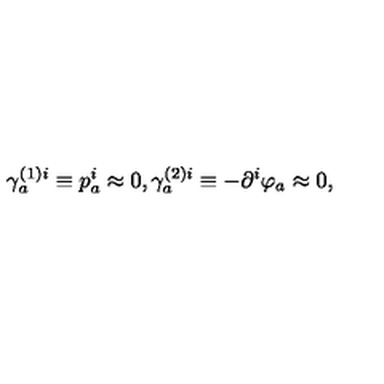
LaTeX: \gamma _ { a } ^ { ( 1 ) i } \equiv p _ { a } ^ { i } \approx 0 , \gamma _ { a } ^ { ( 2 ) i } \equiv - \partial ^ { i } \varphi _ { a } \approx 0 ,